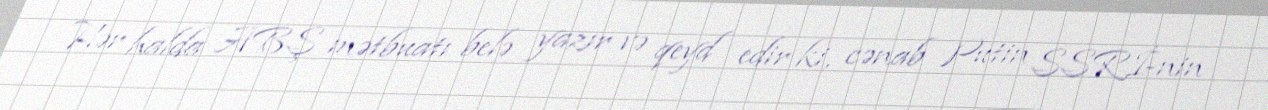
Hər halda ABŞ mətbuatı belə yazır və qeyd edir ki, cənab Putin SSRİ-nin